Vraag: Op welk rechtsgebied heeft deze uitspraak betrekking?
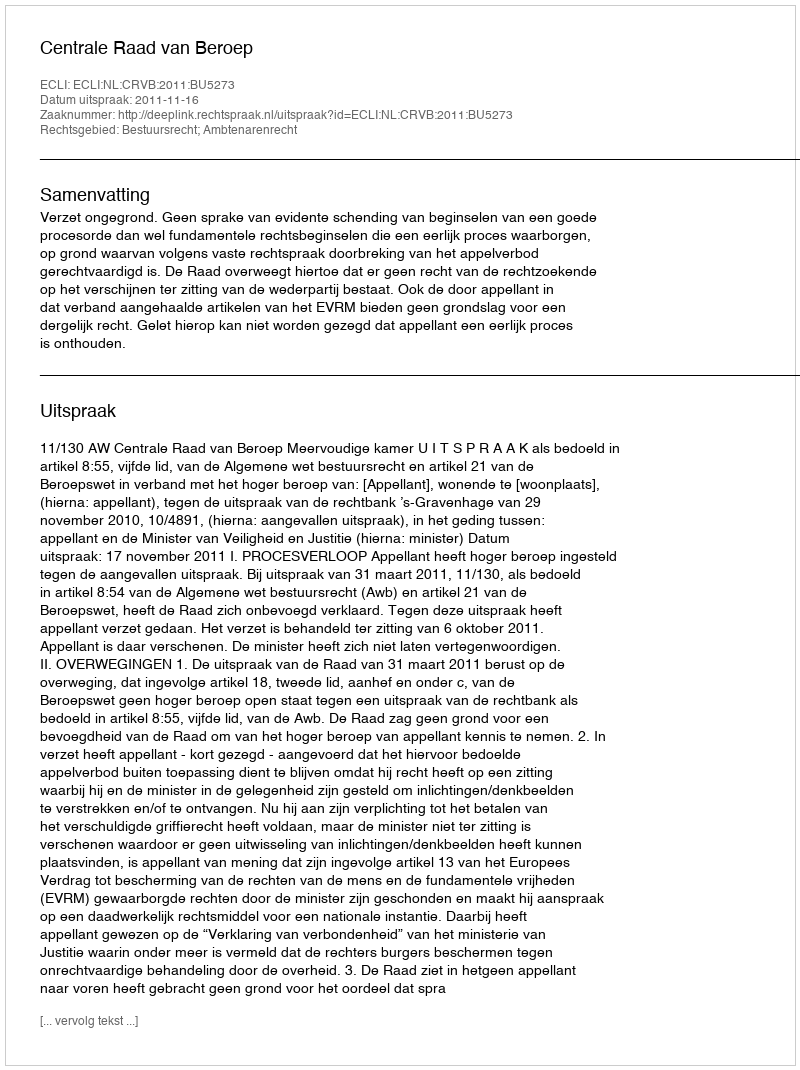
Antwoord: Bestuursrecht; Ambtenarenrecht